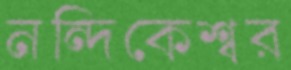
নন্দিকেশ্বর